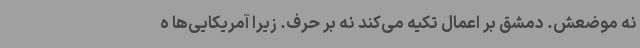
نه موضعش. دمشق بر اعمال تکیه می‌کند نه بر حرف. زیرا آمریکایی‌ها ه